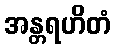
အန္တရဟိတံ